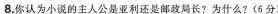
8.你认为小说的主人公是亚利还是邮政局长?为什么?(6分)